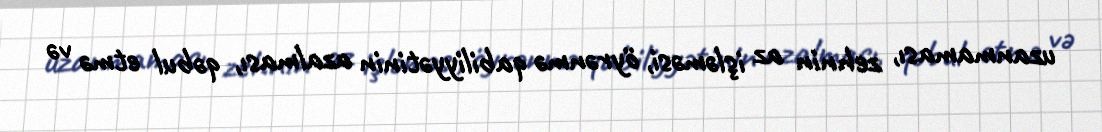
uzanmaması, zehnin az işləməsi, öyrənmə qabiliyyətinin azalması, qəbul etmə və